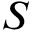
S